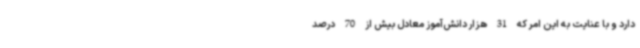
دارد و با عنایت به این امر که 31 هزار دانش‌آموز معادل بیش از 70 درصد